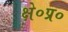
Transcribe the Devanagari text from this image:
क्षे०प्र०